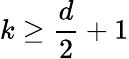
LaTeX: k\geq\frac{d}{2}+1